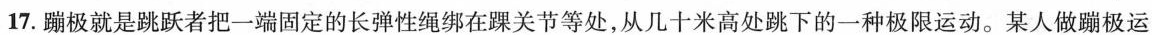
17.蹦极就是跳跃者把一端固定的长弹性绳绑在踝关节等处，从几十米高处跳下的一种极限运动。某人做蹦极运